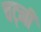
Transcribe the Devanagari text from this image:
चट्नी